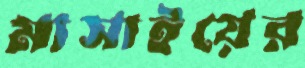
মাসাইয়ের